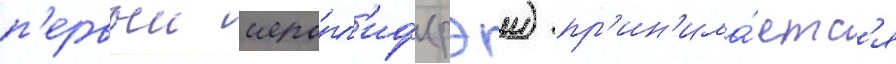
п'ервыи иеро́гл'иф (рэи) пр'ин'има́етс'я